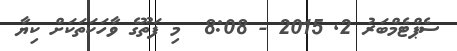
ސެޕްޓެމްބަރު 2